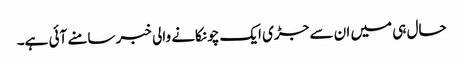
حال ہی میں ان سے جڑی ایک چونکانے والی خبر سامنے آئی ہے۔